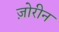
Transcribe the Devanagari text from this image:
ज़ोरीन